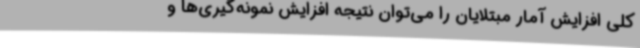
کلی افزایش آمار مبتلایان را می‌توان نتیجه افزایش نمونه‌گیری‌ها و